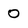
Character: 0